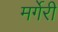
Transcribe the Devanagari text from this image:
मर्गेरी